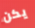
يكن